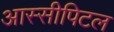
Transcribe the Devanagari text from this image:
आस्सीपिटल